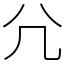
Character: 𡯂